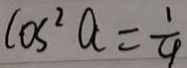
\cos ^ { 2 } a = \frac { 1 } { 4 }